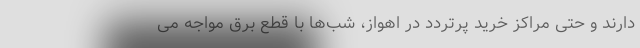
دارند و حتی مراکز خرید پرتردد در اهواز، شب‌ها با قطع برق مواجه می